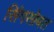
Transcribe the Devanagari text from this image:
सिंगसोबत